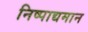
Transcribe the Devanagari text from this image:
निष्पाद्यमान